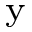
_ \mathrm { y }